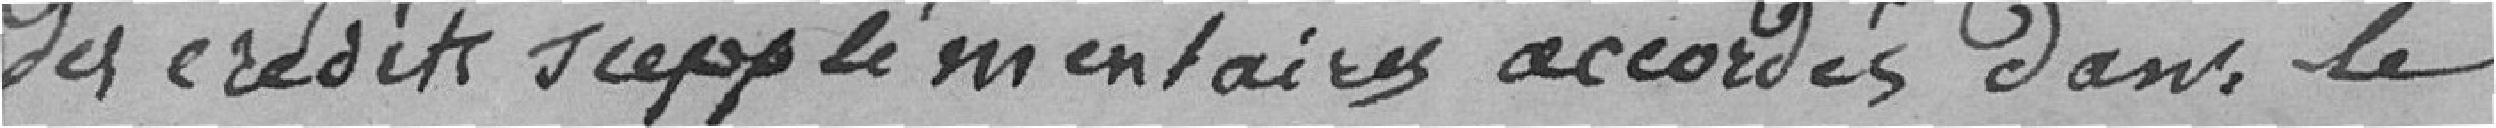
des crédits supplémentaires accordés dans le